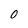
Character: 0